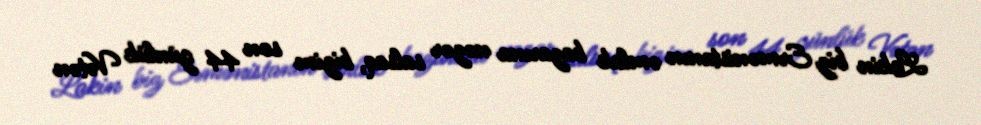
Lakin biz Ermənistanın əmlak bazarına nəzər salsaq, bizim son 44 günlük Vətən